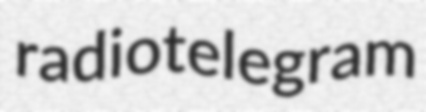
radiotelegram